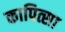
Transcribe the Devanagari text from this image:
कापित्सा